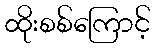
ထိုးစစ်ကြောင့်